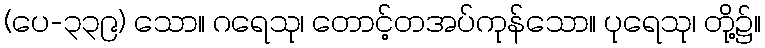
(ပေ-၃၃၉) သော။ ဂရေသု၊ တောင့်တအပ်ကုန်သော။ ပုရေသု၊ တို့၌။